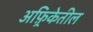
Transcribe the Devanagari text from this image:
अफ़्रिकेतील